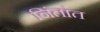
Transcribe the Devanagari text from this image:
निंतांत